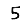
Digit: 5